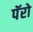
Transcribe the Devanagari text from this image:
पॅरो